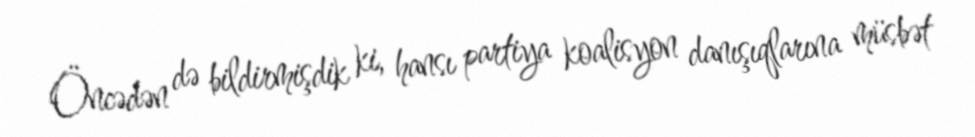
Öncədən də bildirmişdik ki, hansı partiya koalisyon danışıqlarına müsbət